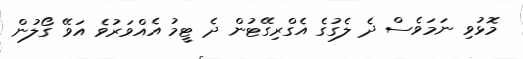
މޮޅުވި ނަމަވެސް ދެ ލެގުގެ އެގްރިގޭޓުން ދެ ޓީމު އެއްވަރުވެ އަވޭ ގޯލުން